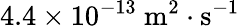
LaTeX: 4.4\times 10^{-13}\mathrm{~m}^{2}\cdot\mathrm{s}^{-1}